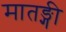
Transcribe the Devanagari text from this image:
मातङ्गी